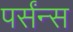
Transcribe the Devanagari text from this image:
पर्संन्स